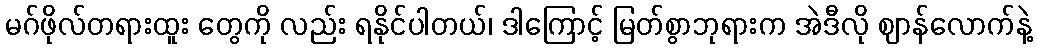
မဂ်ဖိုလ်တရားထူး တွေကို လည်း ရနိုင်ပါတယ်၊ ဒါကြောင့် မြတ်စွာဘုရားက အဲဒီလို ဈာန်လောက်နဲ့